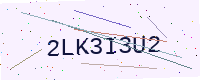
Text: 2LK3I3U2